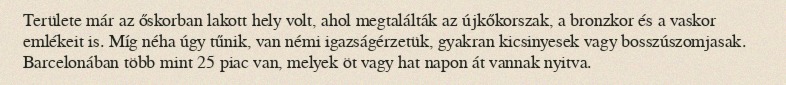
Területe már az őskorban lakott hely volt, ahol megtalálták az újkőkorszak, a bronzkor és a vaskor emlékeit is. Míg néha úgy tűnik, van némi igazságérzetük, gyakran kicsinyesek vagy bosszúszomjasak. Barcelonában több mint 25 piac van, melyek öt vagy hat napon át vannak nyitva.